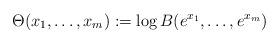
LaTeX: \begin{align*} \Theta(x_1,\hdots,x_m):=\log B(e^{x_1},\hdots,e^{x_m})\end{align*}